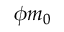
\phi m _ { 0 }